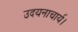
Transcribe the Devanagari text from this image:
उदयनाचार्य।